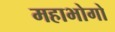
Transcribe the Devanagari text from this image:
महाभोगो